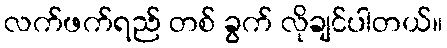
လက်ဖက်ရည် တစ် ခွက် လိုချင်ပါတယ်။